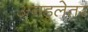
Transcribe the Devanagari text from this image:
अनडुलेतर